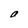
Character: a